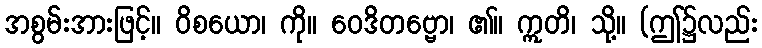
အစွမ်းအားဖြင့်။ ဝိစယော၊ ကို။ ဝေဒိတဗ္ဗော၊ ၏။ ဣတိ၊ သို့။ (ဤ၌လည်း